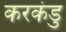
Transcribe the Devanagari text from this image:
करकंडु